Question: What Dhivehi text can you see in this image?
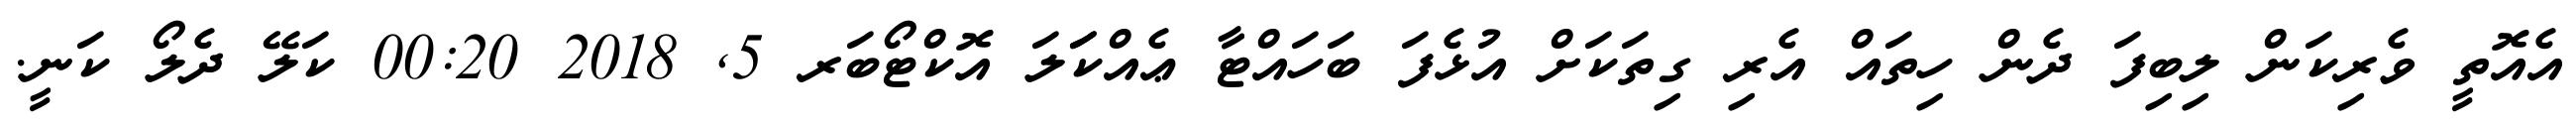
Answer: އެއޮތީ ވެރިކަން ލިބިފަ ދެން ހިތައް އެރި ގިތަކަށް އުޅެފަ ބަހައްޓާ ޢެއްކަަލަ އޮކްޓޯބަރ 5, 2018 00:20 ކަލޭ ދެލޯ ކަނީ.